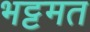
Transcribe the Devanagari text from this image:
भट्टमत